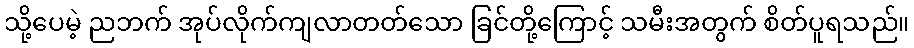
သို့ပေမဲ့ ညဘက် အုပ်လိုက်ကျလာတတ်သော ခြင်တို့ကြောင့် သမီးအတွက် စိတ်ပူရသည်။